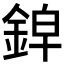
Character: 𰼱